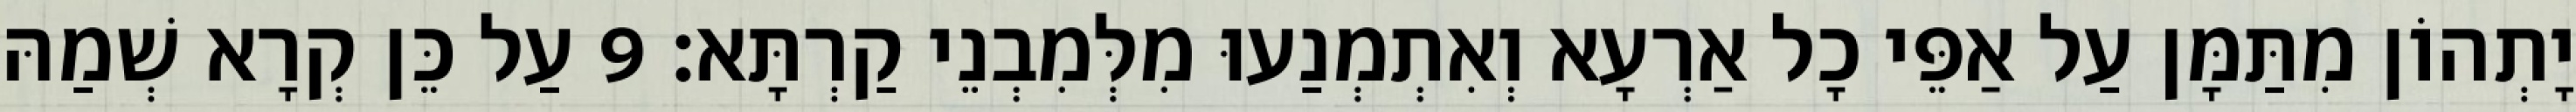
יָתְהוֹן מִתַּמָּן עַל אַפֵּי כָל אַרְעָא וְאִתְמְנַעוּ מִלְּמִבְנֵי קַרְתָּא׃ 9 עַל כֵּן קְרָא שְׁמַהּ